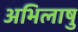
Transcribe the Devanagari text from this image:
अभिलाषु